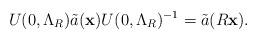
LaTeX: \begin{align*}U(0,\Lambda_R) \tilde{a}( \mathbf{x}) U(0,\Lambda_R) ^{-1} =\tilde{a} (R \mathbf{ x }).\end{align*}